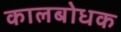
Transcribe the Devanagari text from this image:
कालबोधक